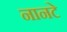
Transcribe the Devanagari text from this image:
नानटे